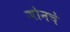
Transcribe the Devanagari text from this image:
जोनचे